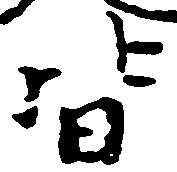
皆